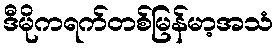
ဒီမိုကရက်တစ်မြန်မာ့အသံ